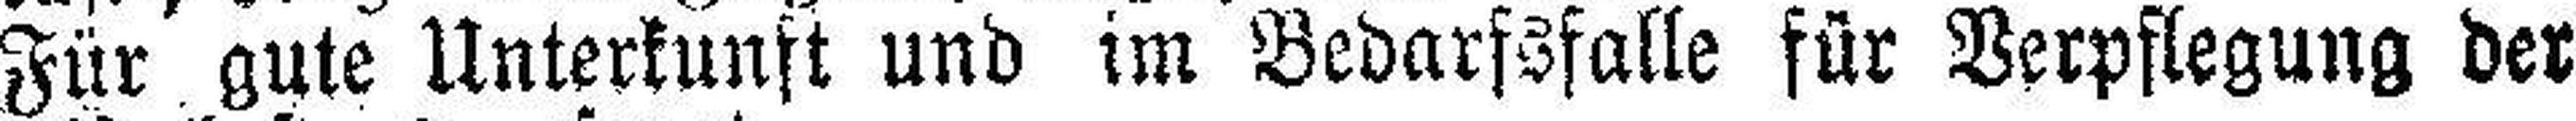
Für gute Unterkunft und im Bedarfsfalle für Verpflegung der